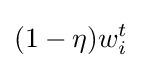
(1-\eta )w_{i}^{t}